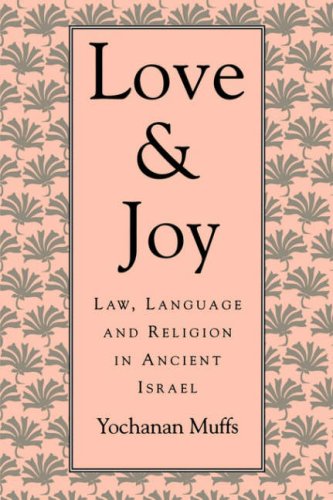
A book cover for Love and Joy: Law, Language, and Religion in Ancient Israel (Jewish Theological Seminary of America); Yochanan Muffs; Religion & Spirituality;